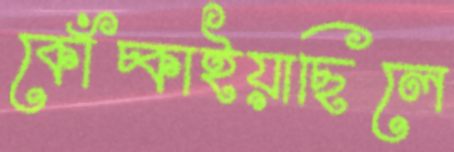
কোঁচ্‌কাইয়াছিলে